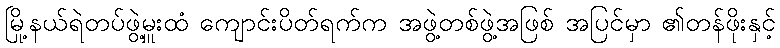
မြို့နယ်ရဲတပ်ဖွဲ့မှူးထံ ကျောင်းပိတ်ရက်က အဖွဲ့တစ်ဖွဲ့အဖြစ် အပြင်မှာ ၏တန်ဖိုးနှင့်